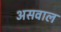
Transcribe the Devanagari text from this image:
असवाल